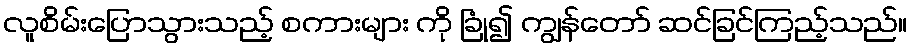
လူစိမ်းပြောသွားသည့် စကားများ ကို ခြုံ၍ ကျွန်တော် ဆင်ခြင်ကြည့်သည်။